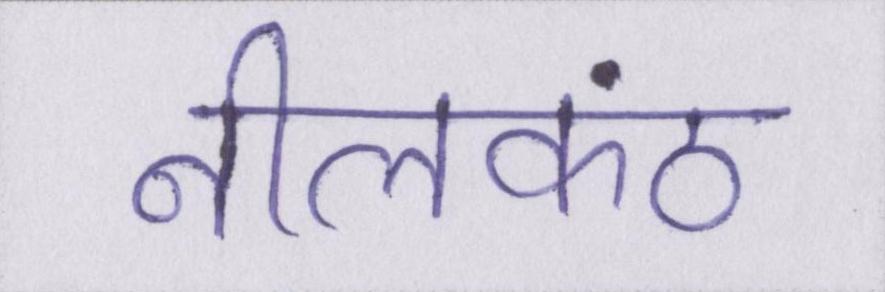
नीलकंठ